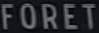
FORET